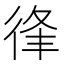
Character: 𢓱